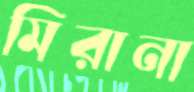
মিরানা